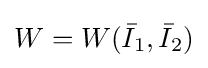
W=W({\bar {I}}_{1},{\bar {I}}_{2})